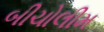
બીચોલીમ